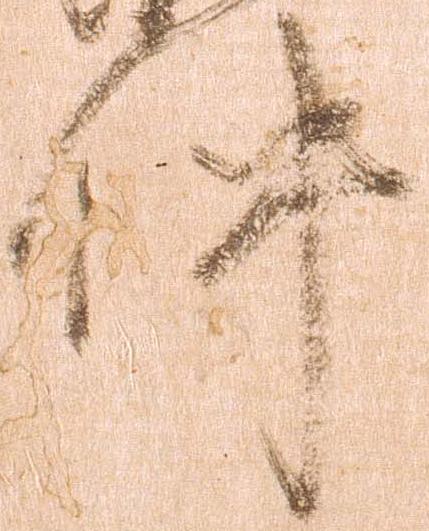
件